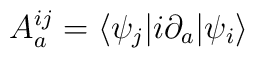
A^{ij}_a = \langle\psi_j|i\partial_a|\psi_i\rangle